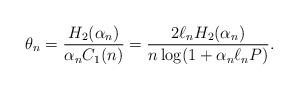
LaTeX: \begin{align*}\theta_n = \frac{H_2 (\alpha_n)}{\alpha_n C_1 (n)} = \frac{2 \ell_n H_2(\alpha_n)}{n \log (1+ \alpha_n \ell_n P)}.\end{align*}